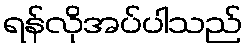
ရန်လိုအပ်ပါသည်